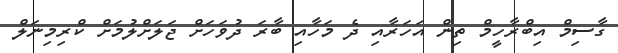
ގާސިމް އިބްރާހީމް ތިން އަހަރާއި ދެ މަހާއި ބާރަ ދުވަހަށް ޖަލަށްލުމަށް ކްރިމިނަލް